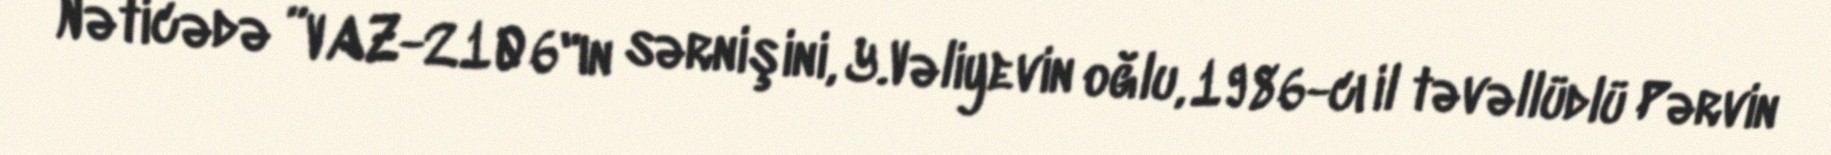
Nəticədə ”VAZ-2106"ın sərnişini, Y.Vəliyevin oğlu, 1986-cı il təvəllüdlü Pərvin